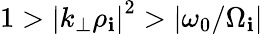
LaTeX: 1>\left|k_{\perp}\rho_{\mathbf{i}}\right|^{2}>\left|\omega_{0}/\Omega_{\mathbf{i}}\right|